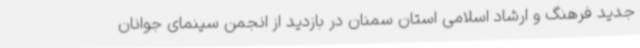
جدید فرهنگ و ارشاد اسلامی استان سمنان در بازدید از انجمن سینمای جوانان